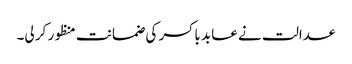
عدالت نے عابد باکسر کی ضمانت منظور کر لی۔